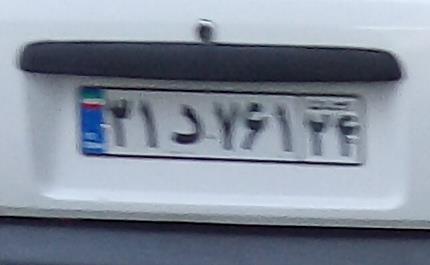
۳۱د۷۶۱۲۴